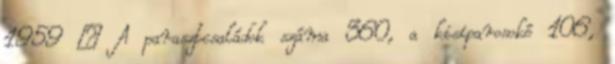
1959 – A parasztcsaládok száma 360, a kisiparosoké 106,